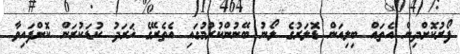
ފޯރުކޮށްދިން އެތައް ބިލިއަން ޑޮލަރުގެ ލޯނު ބޭނުންކުރުމުގައި އެތެރޭގެ ޚަރަދު ކުޑަކުރަން ކޮށްފައިވާ